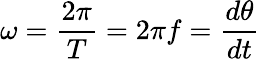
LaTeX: \omega={\frac{2\pi}{T}}=2\pi f={\frac{d\theta}{dt}}